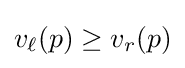
v_{\ell }(p)\geq v_{r}(p)